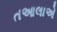
તઆલાએ